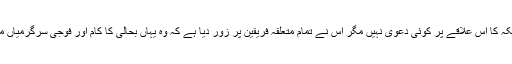
اگرچہ امریکہ کا اس علاقے پر کوئی دعویٰ نہیں مگر اس نے تمام متعلقہ فریقین پر زور دیا ہے کہ وہ یہاں بحالی کا کام اور فوجی سرگرمیاں معطل کریں۔